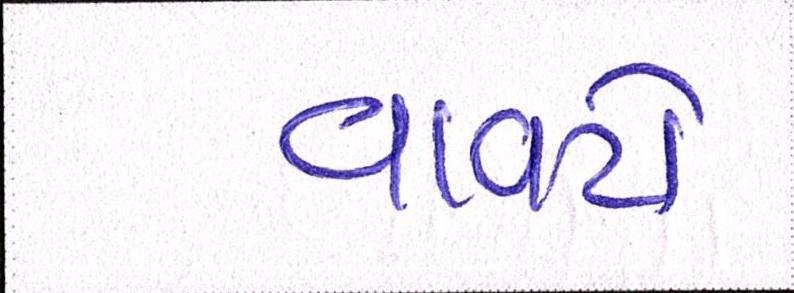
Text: વાવટો